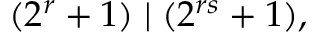
( 2 ^ { r } + 1 ) \mid ( 2 ^ { r s } + 1 ) ,